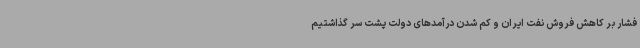
فشار بر کاهش فروش نفت ایران و کم شدن درآمدهای دولت پشت سر گذاشتیم